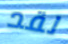
لقد